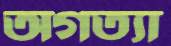
অগত্যা